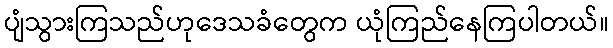
ပျံသွားကြသည်ဟုဒေသခံတွေက ယုံကြည်နေကြပါတယ်။